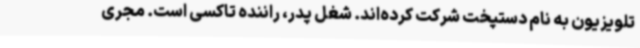
تلویزیون به نام دستپخت شرکت کرده‌اند. شغل پدر، راننده تاکسی است. مجری